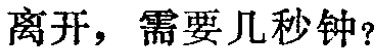
离开，需要几秒钟?